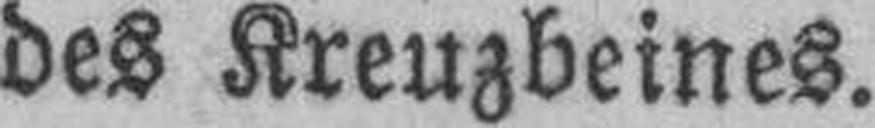
des Kreuzbeines.